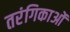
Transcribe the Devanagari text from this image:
तरंगिकाओं